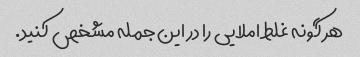
هر گونه غلط املایی را در این جمله مشخص کنید.